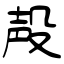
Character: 殸